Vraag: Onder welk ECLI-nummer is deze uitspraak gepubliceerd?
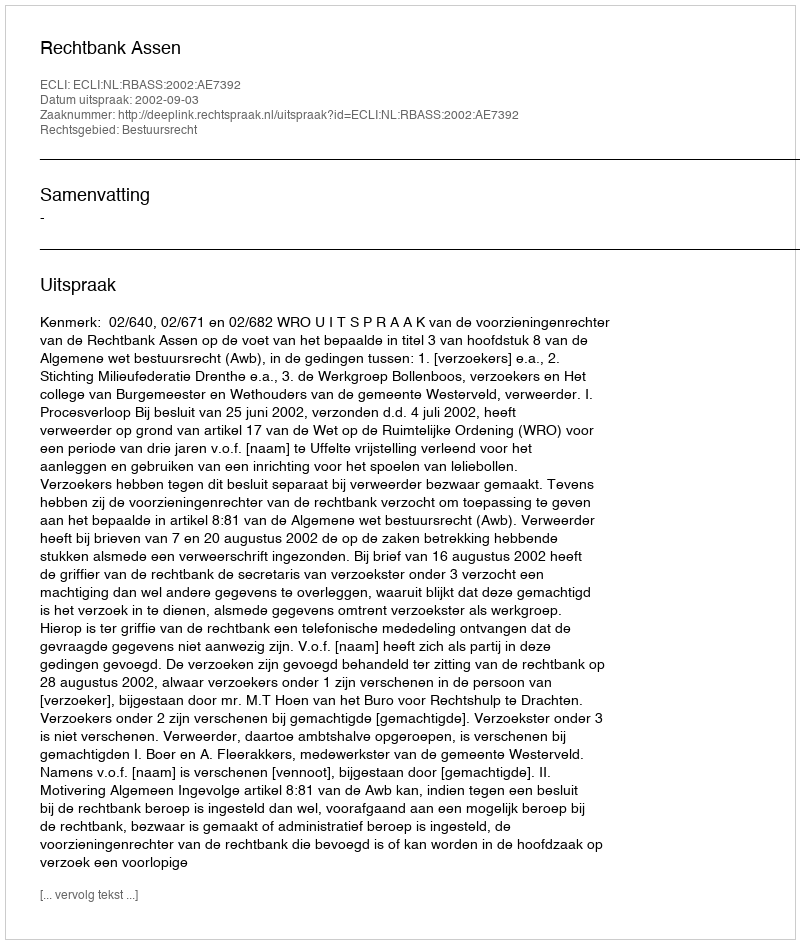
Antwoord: ECLI:NL:RBASS:2002:AE7392